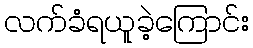
လက်ခံရယူခဲ့ကြောင်း